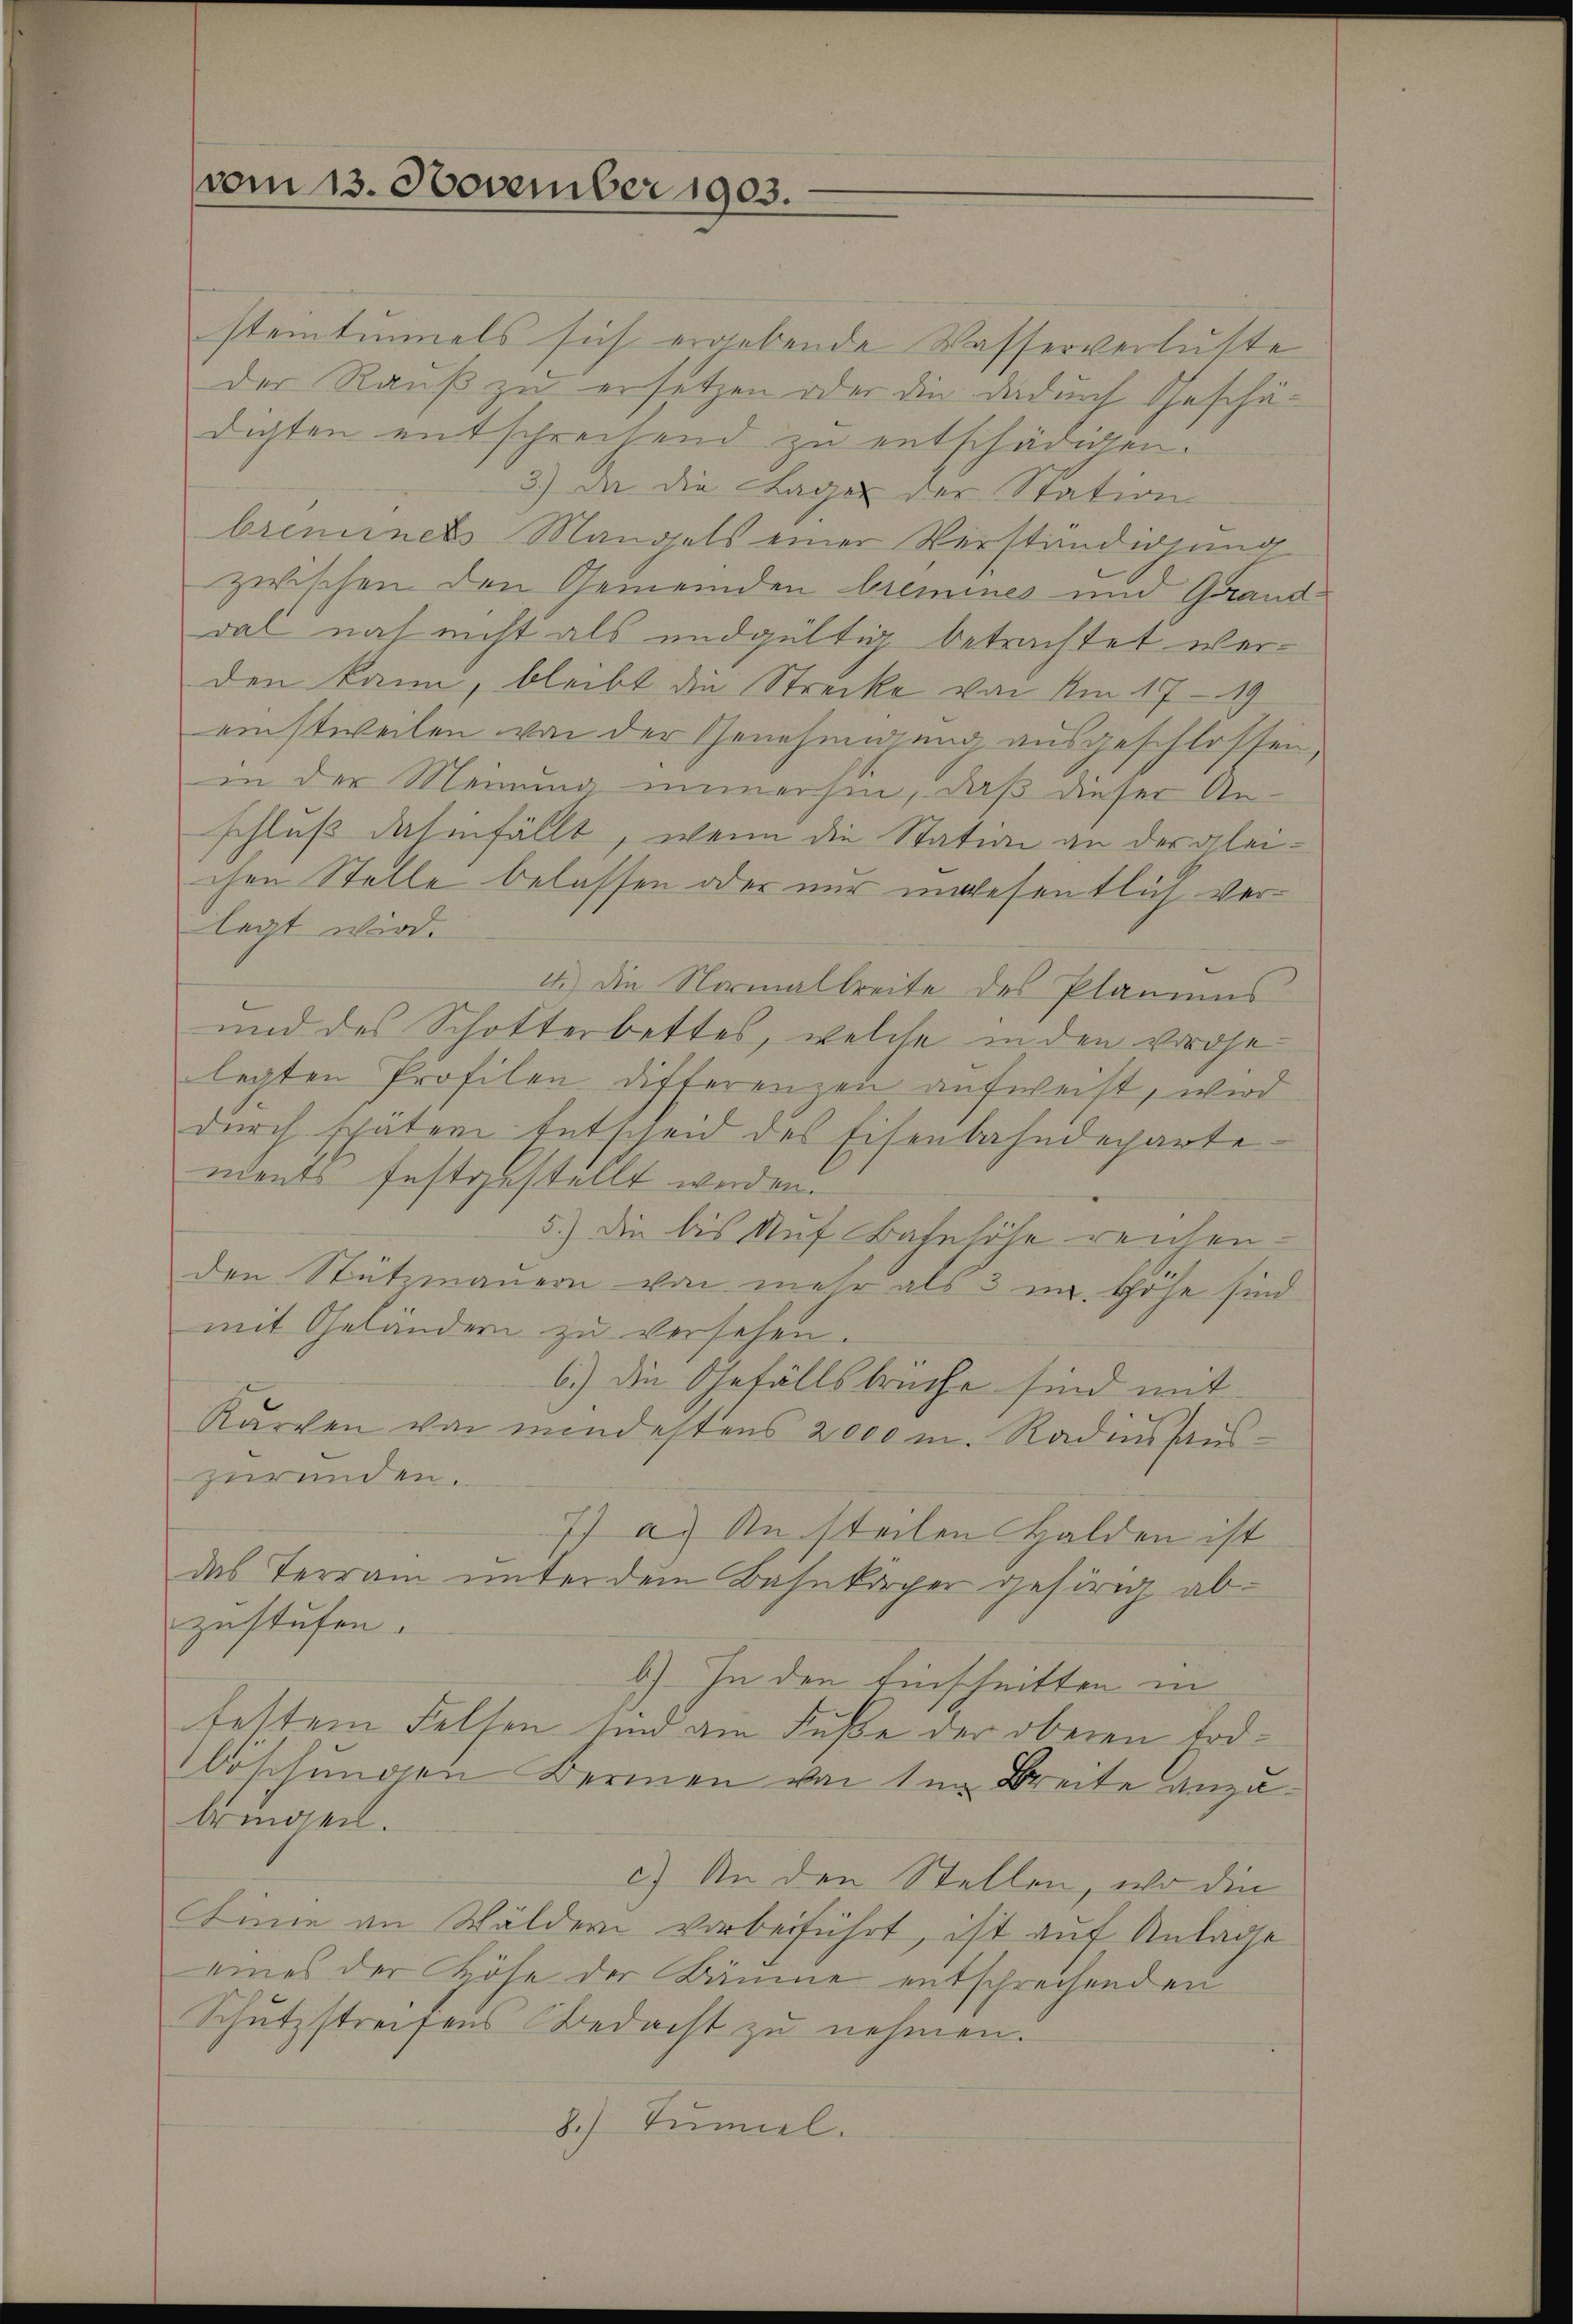
vom 13. November 1903.

steintummels sich ergebende Wasserverlütte
der Rauß zu ersitzen oder die dadurch Geschädigten entschrechend zu entschädigen.
3.) Da die Lager der Station
bremines Mangels einer Verständigung
zwischen den Gemeinden bremines und Granddal noch nicht als undgültig betrachtet werden kann, bleibt die Strecke von Am 17-19
einstweilen von der Genehmigung ausgeschlossen,
in der Meinung immerhin, daß dieser Anschluß dahinfällt, wenn die Station an der gleichen Stelle belassen oder nur inwesentlich verlegt wird.
4.) Die Normalbreite des Planiens
und des Schotterbettes, welche in den vordelegten Profilen differenzen aufweist, wird
durch später Entscheid des Eisenbahndepartements festgestellt werden.
5.) Die bis auf Bahnhöhe reichen.
den Stützmauern von mehr als 3 im Höhe sind
mit Geländern zu versehen.
6.) Die Gefällsbrüche sind mit
Karchen von mindestens 2000 m. Radinshaus-
zuründen.
7) a.) An steilen Halden ist
das Terrain unter dem Bahnkörper gehörig abzustufen.
b) In den Einschnitten in
festem Felsen und am Fuße der oberen Todböschungen Bernen von 1m Breite anzubringen.
c.) An den Stellen, wo die
Linie an Wäldern vorbeiführt, ist auf Anlage
eines der Höhe der Bäume entsprechenden
Schutzstreifens Bedacht zu nehmen.
8.) Tumiel.